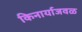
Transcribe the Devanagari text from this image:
किनार्याजवळ